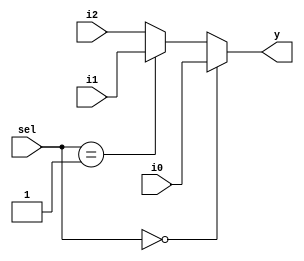
module mux3to1_5b (i0,
                   i1,
                   i2,
                   sel,
                   y);
    input [4:0] i0, i1, i2;
    input [1:0] sel;
    output [4:0] y;
    
    assign y = (sel == 2'b00) ? i0:
    (sel == 2'b01) ? i1:
    i2;
    
endmodule